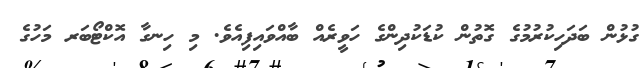
ގުޅުން ބަދަހިކުރުމުގެ ގޮތުން ކުޑަކުދިންގެ ހަވީރެއް ބާއްވައިފިއެވެ. މި ހިނގާ އޮކްޓޯބަރ މަހުގެ